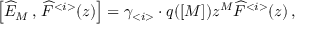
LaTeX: \left[ \widehat { E } _ { M } \, , \, \widehat { F } ^ { < i > } ( z ) \right] = \gamma _ { < i > } \cdot q ( [ M ] ) z ^ { M } \widehat { F } ^ { < i > } ( z ) \, ,